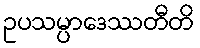
ဥပသမ္ပာဒေဿတီတိ